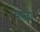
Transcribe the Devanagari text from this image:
ययातों